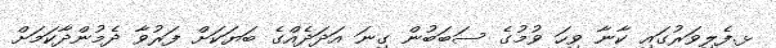
ޅ.ފެލިވަރުގައި ކާނާ ވިހަ ވުމުގެ ސަބަބުން ގިނަ އަދަދެއްގެ ބަޔަކަށް ފަރުވާ ދެމުންދާކަމަށް